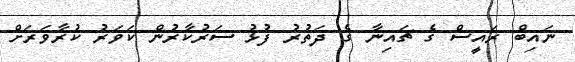
ނައިބް ރައީސް ގެ ޗައިނާ ގެ ދަތުރު ފުޅު ސަރުކާރުން ކަވަރު ކުރާވަރަށް